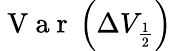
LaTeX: \mathrm{~V~a~r~}\left(\Delta V_{\frac{1}{2}}\right)